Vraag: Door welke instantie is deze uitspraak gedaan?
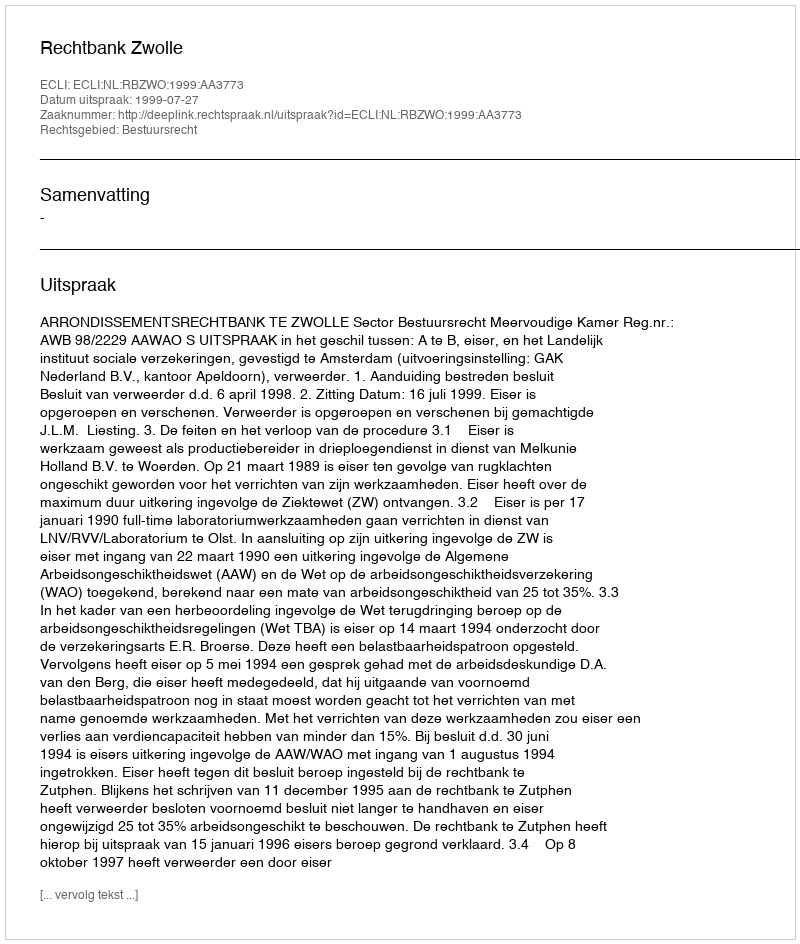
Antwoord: Rechtbank Zwolle